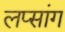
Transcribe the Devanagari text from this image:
लप्सांग